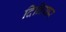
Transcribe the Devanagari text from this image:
दिनियार